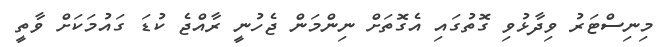
މިނިސްޓަރު ވިދާޅުވި ގޮތުގައި އެގޮތަށް ނިންމަން ޖެހުނީ ރާއްޖެ ކުޑަ ގައުމަކަށް ވާތީ